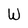
Character: W